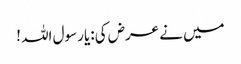
میں نے عرض کی:یا رسول اللہ !